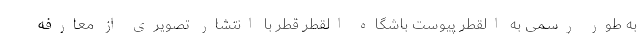
به طور رسمی به القطر پیوست باشگاه القطر قطر با انتشار تصویری از معارفه